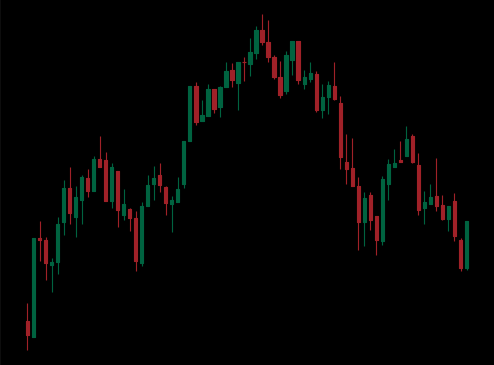
Pattern: head_shoulders